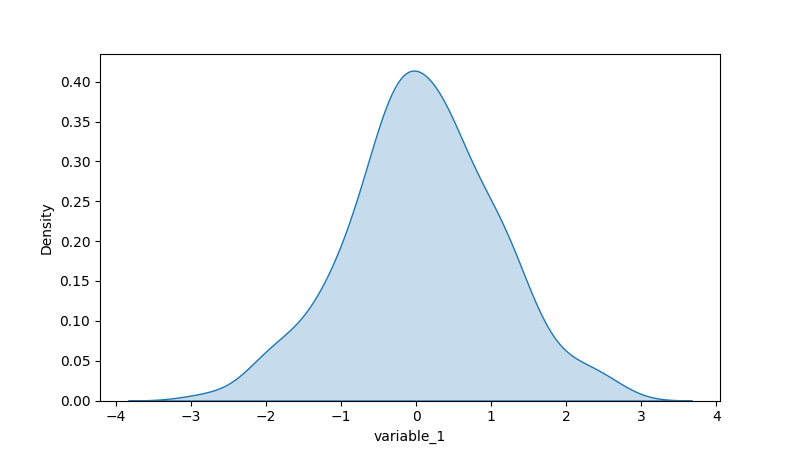
python, seaborn, kdeplot, hue='None', fill=True, bw_adjust=1.0